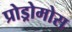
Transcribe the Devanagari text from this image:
प्रोड्रोमोस